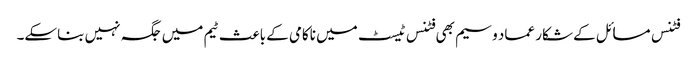
فٹنس مسائل کے شکار عماد وسیم بھی فٹنس ٹیسٹ میں ناکامی کے باعث ٹیم میں جگہ نہیں بناسکے۔